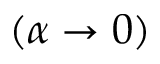
( \alpha \rightarrow 0 )